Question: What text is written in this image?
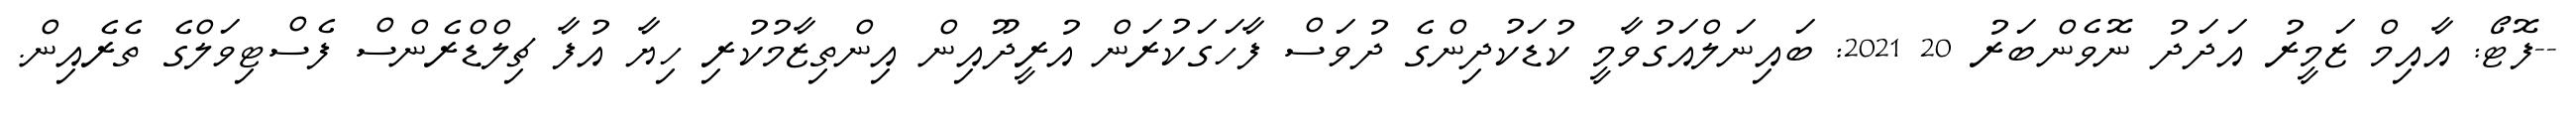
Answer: --ފޮޓޯ: އާއިމް ޒަމީރު އަދަދު ނޮވެންބަރު 20 2021: ބައިނަލްއަގުވާމީ ކުޑަކުދިންގެ ދުވަސް ފާހަގަކުރަން އުރީދޫއިން އިންތިޒާމުކުރި ހިޔާ އުފާ ޗިލްޑްރެންސް ފެސްޓިވަލްގެ ތެރެއިން.